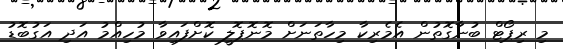
މި ރިޕޯޓް ބުނާގޮތުން އެމެރިކާ މިހާތަނަށް މޮނޮޕޮލީ ކޮށްފައިވާ މުހިއްމު އަދި އަގުބޮޑު